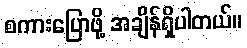
စကားပြောဖို့ အချိန်ရှိပါတယ်။